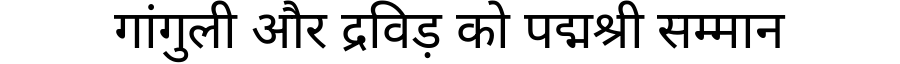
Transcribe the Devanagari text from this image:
गांगुली और द्रविड़ को पद्मश्री सम्मान